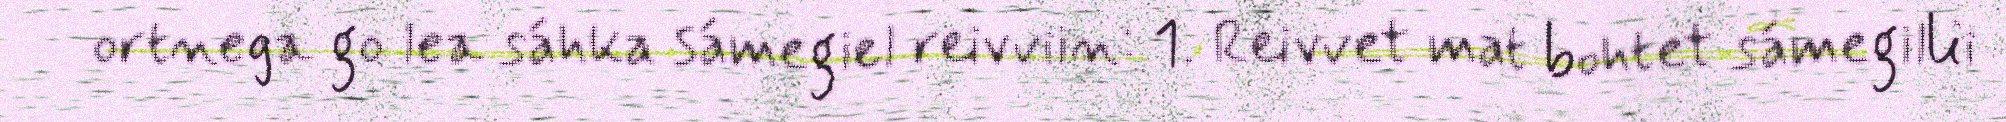
ortnega go lea sáhka sámegiel reivviin: 1. Reivvet mat bohtet sámegillii